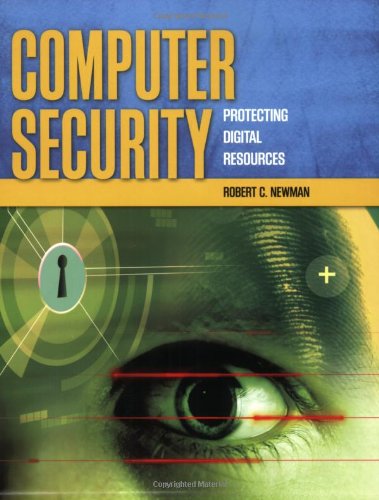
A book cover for Computer Security: Protecting Digital Resources; Robert C Newman; Computers & Technology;